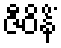
ဇီဝိနိံ